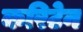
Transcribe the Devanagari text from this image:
करिटेन